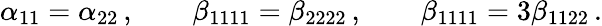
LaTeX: \alpha_{11}=\alpha_{22}\, ,\qquad\beta_{1111}=\beta_{2222}\, ,\qquad\beta_{1111}=3\beta_{1122}\, .